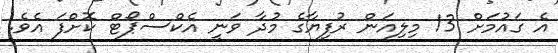
އެ ގައުމަށް 13 މިލިއަން ރުފިޔާގެ މުދާ ވަނީ އެކްސްޕޯޓް ކޮށްފަ އެވެ.